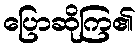
ပြောဆိုကြ၏